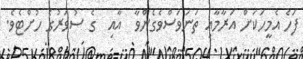
ފަހެ އެމީހަކަށް އަރާމާއި ތަނަވަސްވެގެންވާ  އާއި  ގެ ސުވަރުގެ ހުށްޓެވެ.